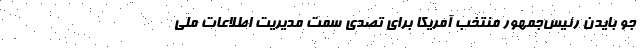
جو بایدن رئیس‌جمهور منتخب آمریکا برای تصدی سمت مدیریت اطلاعات ملی